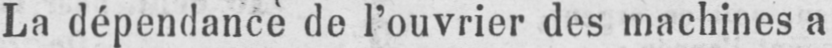
La dépendance de l’ouvrier des machines a